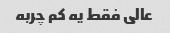
عالی فقط یه کم چربه